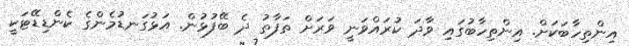
އިންތިހާބަކަށް. އިންތިހާބުގައި ވާދަ ކުރައްވަނީ ވަރަށް ތަފާތު ދެ ބޭފުޅުން. އަޅުގަނޑުމެންގެ ކެންޑިޑޭޓަކީ